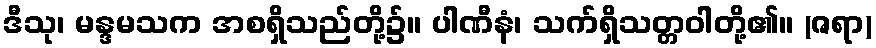
ဒီသု၊ မန္ဒမသက အစရှိသည်တို့၌။ ပါဏီနံ၊ သက်ရှိသတ္တဝါတို့၏။ (ဇရာ)